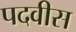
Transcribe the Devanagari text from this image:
पदवीस